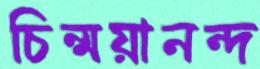
চিন্ময়ানন্দ